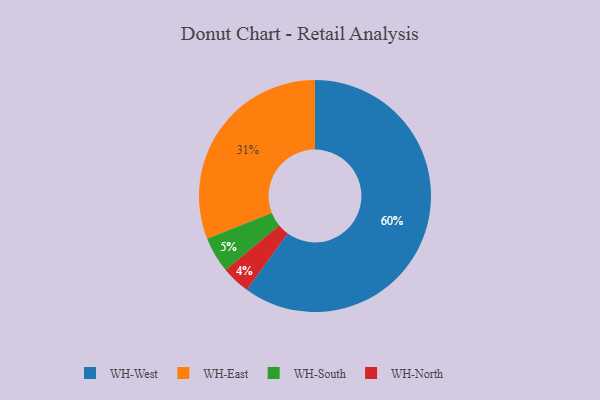
{"axis": {"x": "Category", "y": "Percentage"}, "legend": ["WH-East", "WH-North", "WH-South", "WH-West"], "data": [{"x": "WH-East", "y": 31, "type": "WH-East"}, {"x": "WH-North", "y": 4, "type": "WH-North"}, {"x": "WH-South", "y": 5, "type": "WH-South"}, {"x": "WH-West", "y": 60, "type": "WH-West"}]}